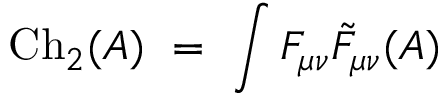
\mathrm { C h } _ { 2 } ( A ) \ = \ \int F _ { \mu \nu } { \tilde { F } } _ { \mu \nu } ( A )